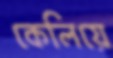
কেলিয়ে